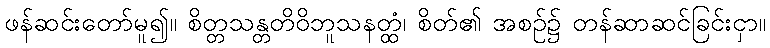
ဖန်ဆင်းတော်မူ၍။ စိတ္တသန္တတိဝိဘူသနတ္ထံ၊ စိတ်၏ အစဉ်၌ တန်ဆာဆင်ခြင်းငှာ။